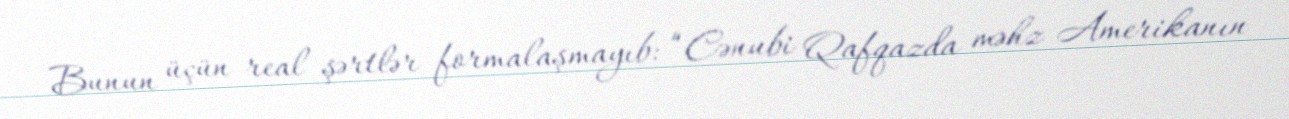
Bunun üçün real şərtlər formalaşmayıb: “Cənubi Qafqazda məhz Amerikanın